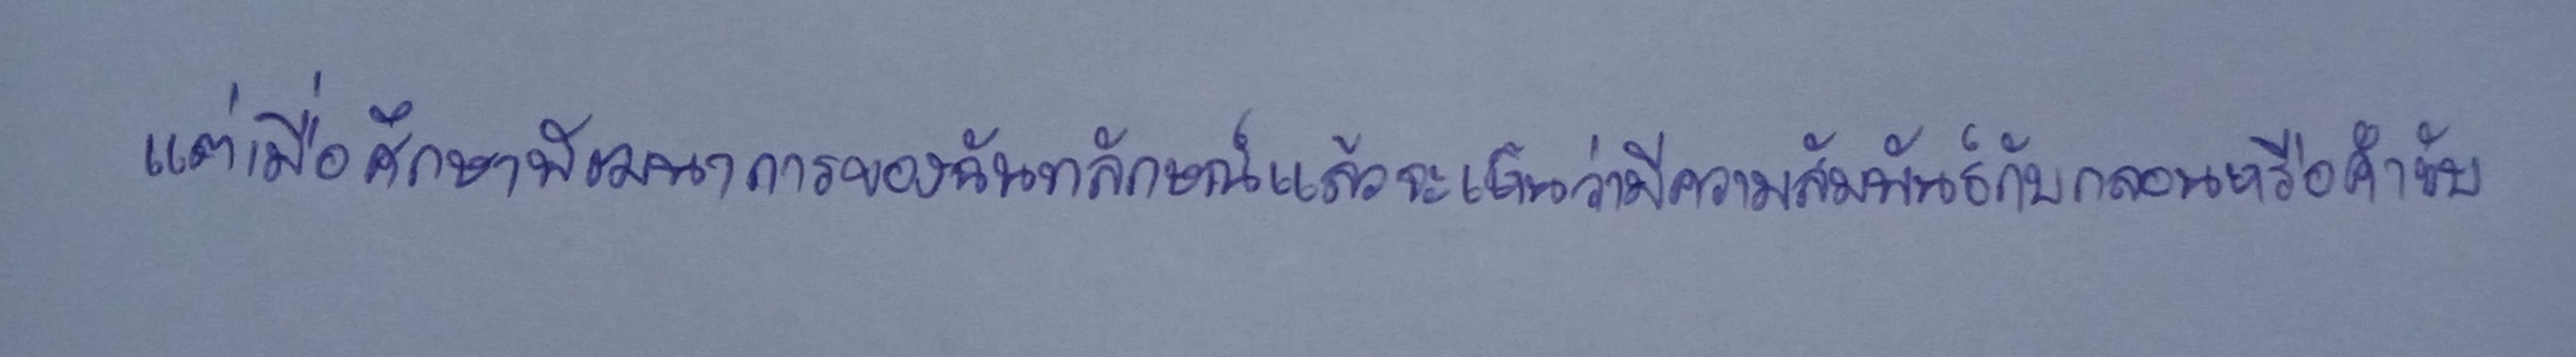
แต่เมื่อศึกษาพัฒนาการของฉันทลักษณ์แล้วจะเห็นว่ามีความสัมพันธ์กับกลอนหรือคำขับ